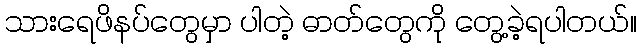
သားရေဖိနပ်တွေမှာ ပါတဲ့ ဓာတ်တွေကို တွေ့ခဲ့ရပါတယ်။